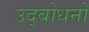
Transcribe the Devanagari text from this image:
उद्बोधनों